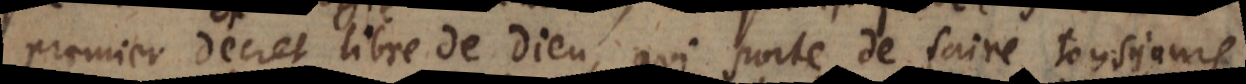
premier decret libre de Dieu, qui porte de faire tousjours